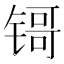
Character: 鿔